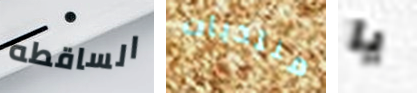
الساقطه منتديات يا